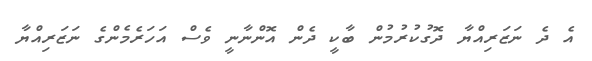
އެ ދެ ނަޒަރިއްޔާ ދޮގުކުރުމުން ބާކީ ދެން އޮންނާނީ ވެސް އަހަރެމެންގެ ނަޒަރިއްޔާ